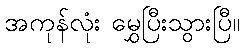
အကုန်လုံး မွှေပြီးသွားပြီ။